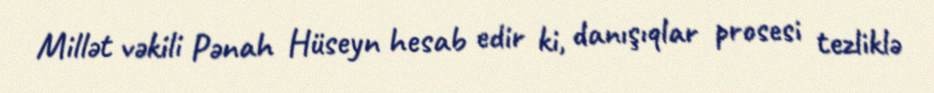
Millət vəkili Pənah Hüseyn hesab edir ki, danışıqlar prosesi tezliklə